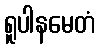
ရူပါနမေတံ